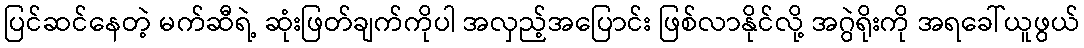
ပြင်ဆင်နေတဲ့ မက်ဆီရဲ့ ဆုံးဖြတ်ချက်ကိုပါ အလှည့်အပြောင်း ဖြစ်လာနိုင်လို့ အဂွဲရိုးကို အရခေါ်ယူဖွယ်